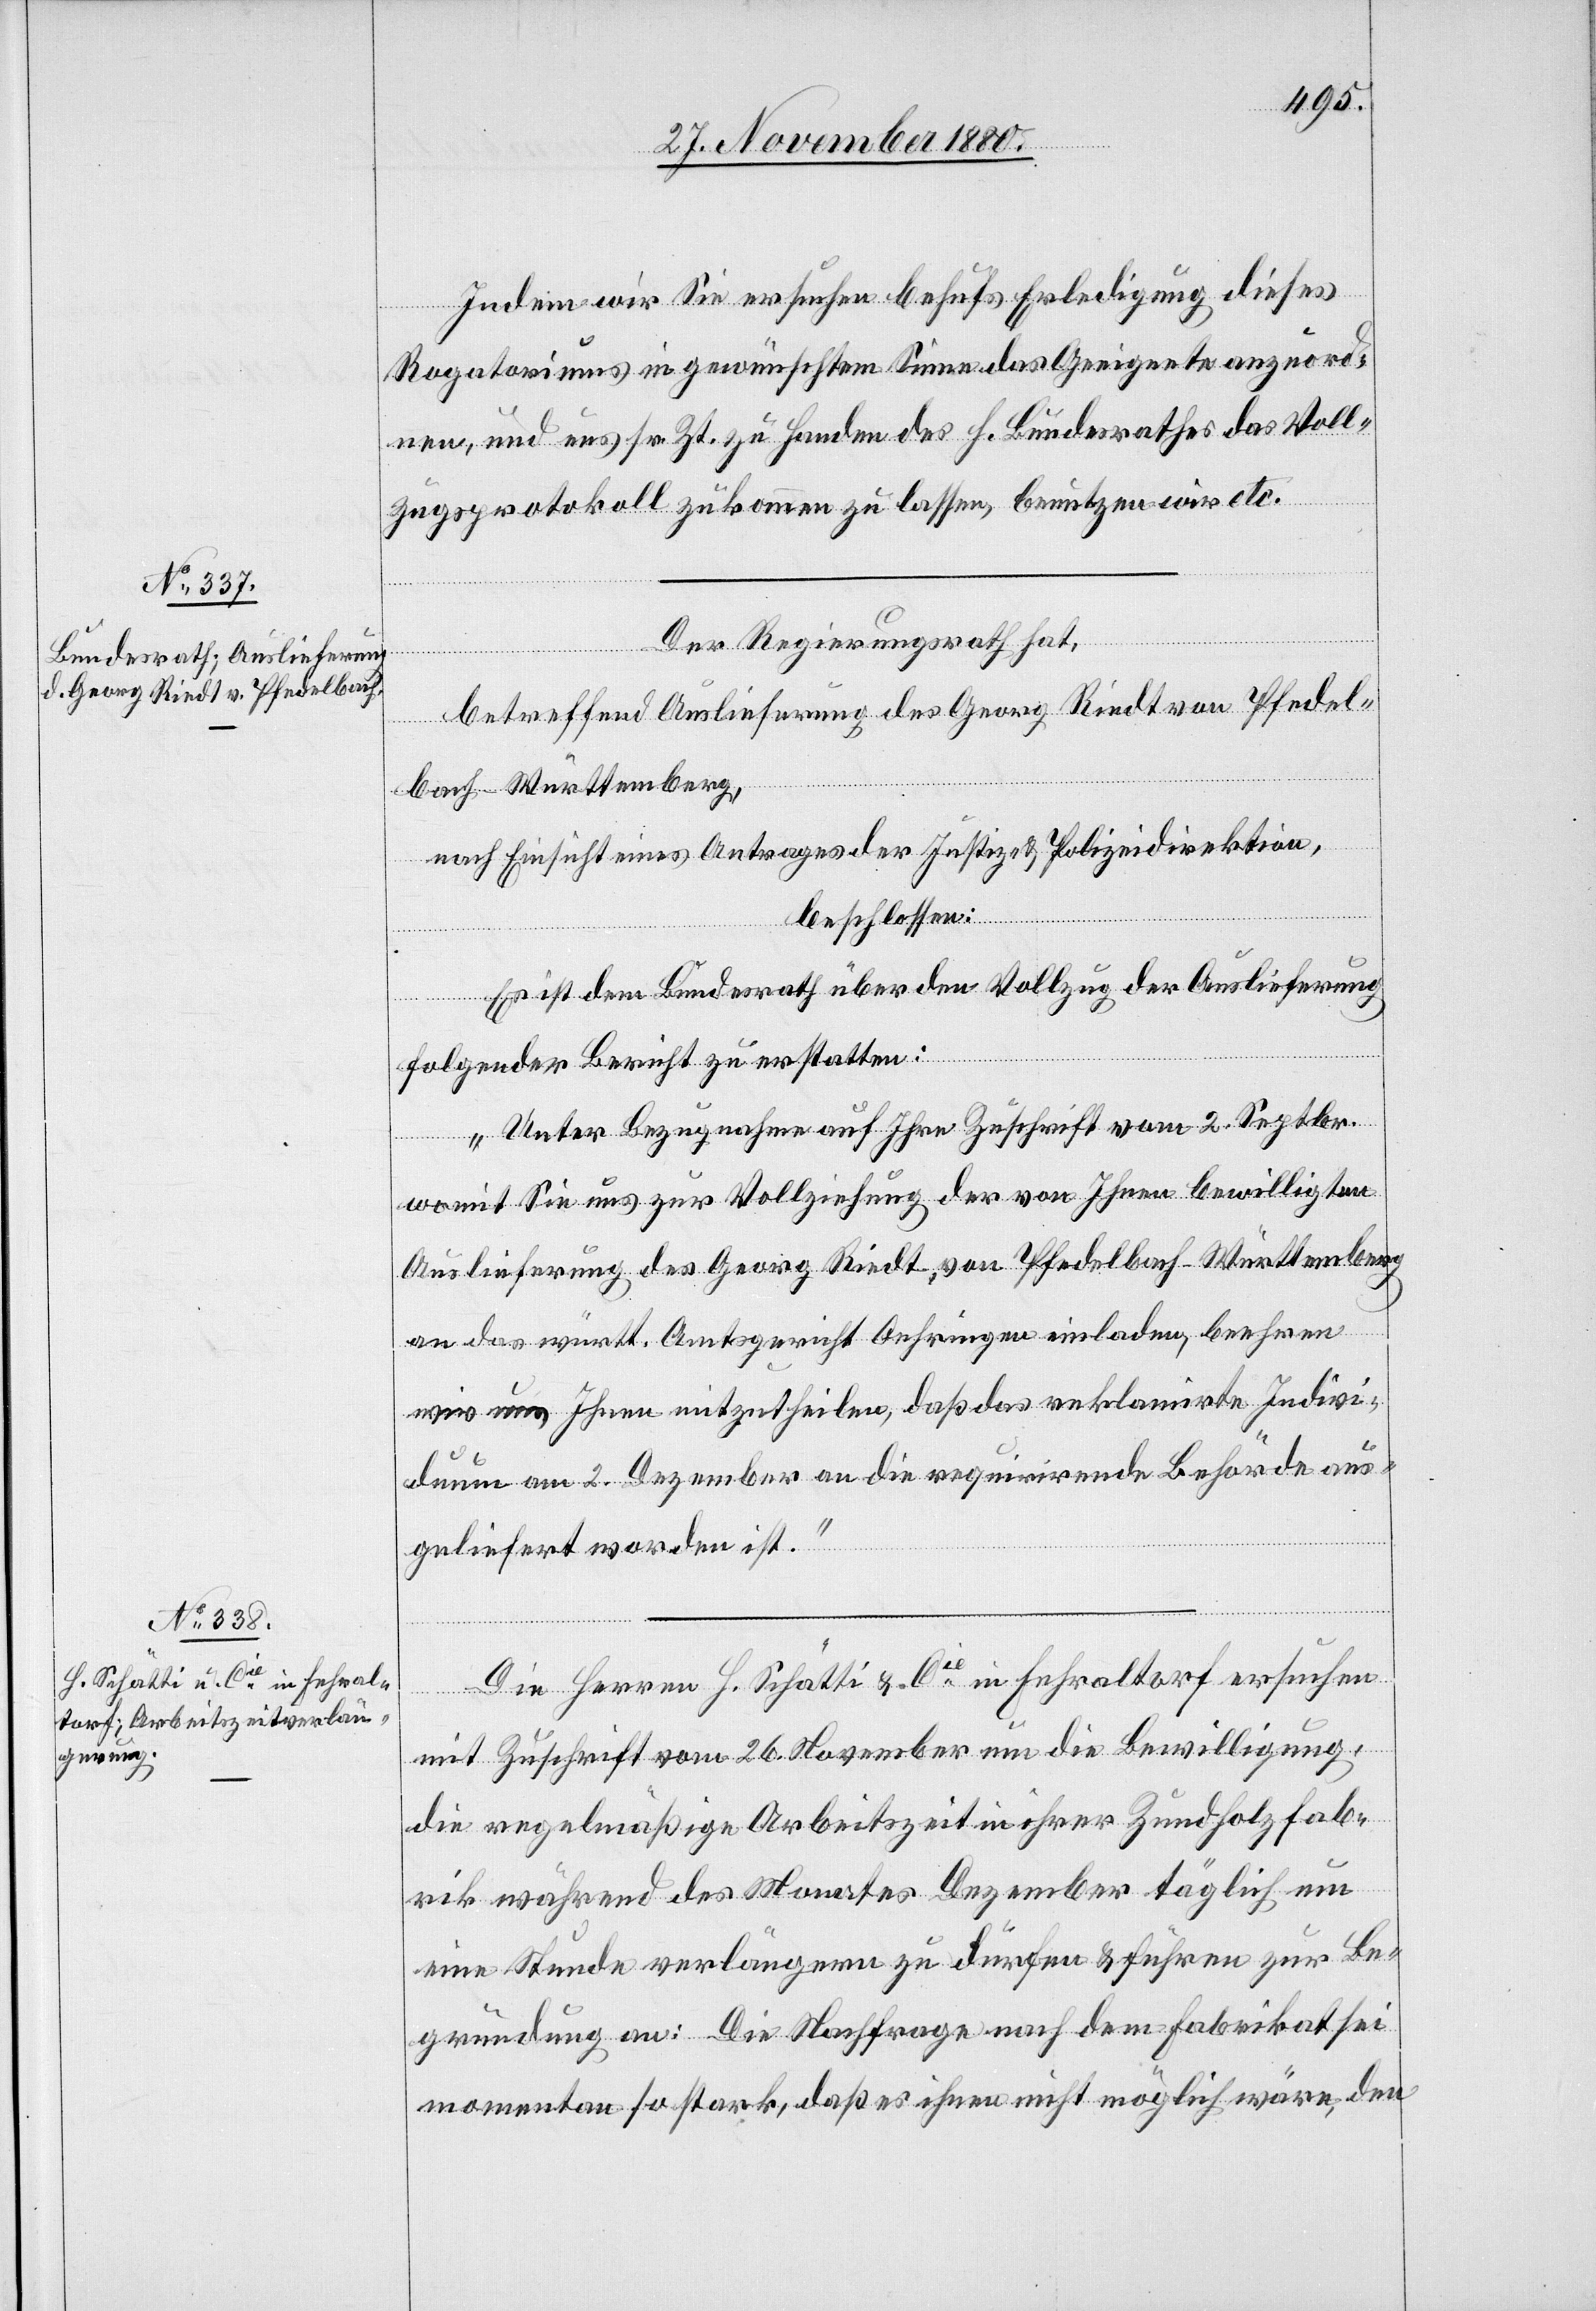
2. Dezember 1880.]
Indem wir Sie ersuchen behufs Erledigung dieses
Rogatoriums in gewünschtem Sinne das Geeignete anzuord¬
nen, und uns sr. Zt. zu Handen des h. Bundesrathes das Voll¬
zugsprotokoll zukommen zu lassen, benutzen wir etc.
Der Regierungsrath hat,
betreffend Auslieferung des Georg Riedt von Pfedel¬
bach - Württemberg,
nach Einsicht eines Antrages der Justiz- & Polizeidirektion,
beschlossen:
Es ist dem Bundesrath über den Vollzug der Auslieferung
folgender Bericht zu erstatten:
„Unter Bezugnahme auf Ihre Zuschrift vom 2. September
womit Sie uns zur Vollziehung der von Ihnen bewilligten
Auslieferung des Georg Riedt, von Pfedelbach - Württemberg
an das württ. Amtsgericht Oehringen einladen, beehren
wir uns Ihnen mitzutheilen, daß das reklamirte Indivi¬
duum am 2. Dezember an die requirirende Behörde aus¬
geliefert worden ist.“
Die Herren H. Schätti & Cie in Fehraltorf ersuchen
mit Zuschrift vom 26. November um die Bewilligung,
die regelmäßige Arbeitszeit in ihrer Zundholzfab¬
rik während des Monates Dezember täglich um
eine Stunde verlängern zu dürfen & führen zur Be¬
gründung an: Die Nachfrage nach dem Fabrikat sei
momentan so stark, daß es ihnen nicht möglich wäre, den